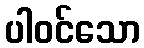
ပါဝင်သော